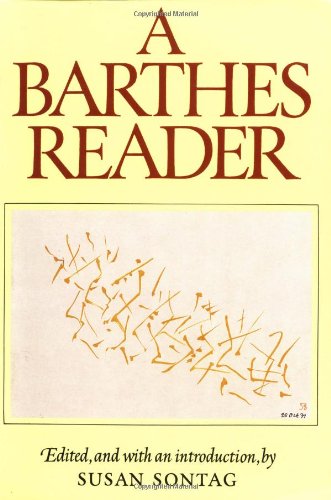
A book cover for A Barthes Reader; Roland Barthes; Literature & Fiction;